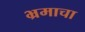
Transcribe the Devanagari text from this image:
भ्रमाचा